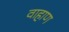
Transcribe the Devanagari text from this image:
वाहाण